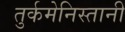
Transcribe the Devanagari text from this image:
तुर्कमेनिस्तानी